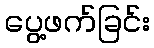
ပွေ့ဖက်ခြင်း